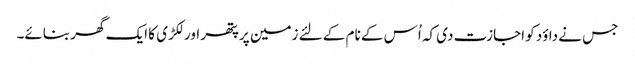
جس نے داؤد کو اجازت دی کہ اُس کے نام کے لئے زمین پر پتھر اور لکڑی کا ایک گھر بنائے۔